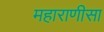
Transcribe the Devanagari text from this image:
महाराणीसा